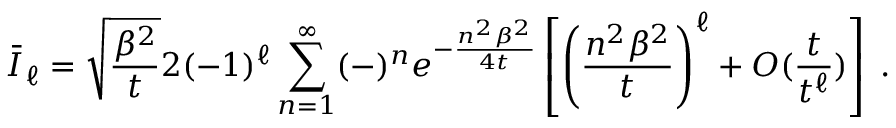
\bar { I } _ { \ell } = \sqrt { \frac { \beta ^ { 2 } } { t } } 2 ( - 1 ) ^ { \ell } \sum _ { n = 1 } ^ { \infty } ( - ) ^ { n } e ^ { - \frac { n ^ { 2 } \beta ^ { 2 } } { 4 t } } \left[ \left( \frac { n ^ { 2 } \beta ^ { 2 } } { t } \right) ^ { \ell } + O ( \frac { t } { t ^ { \ell } } ) \right] \; .